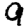
Digit: 9